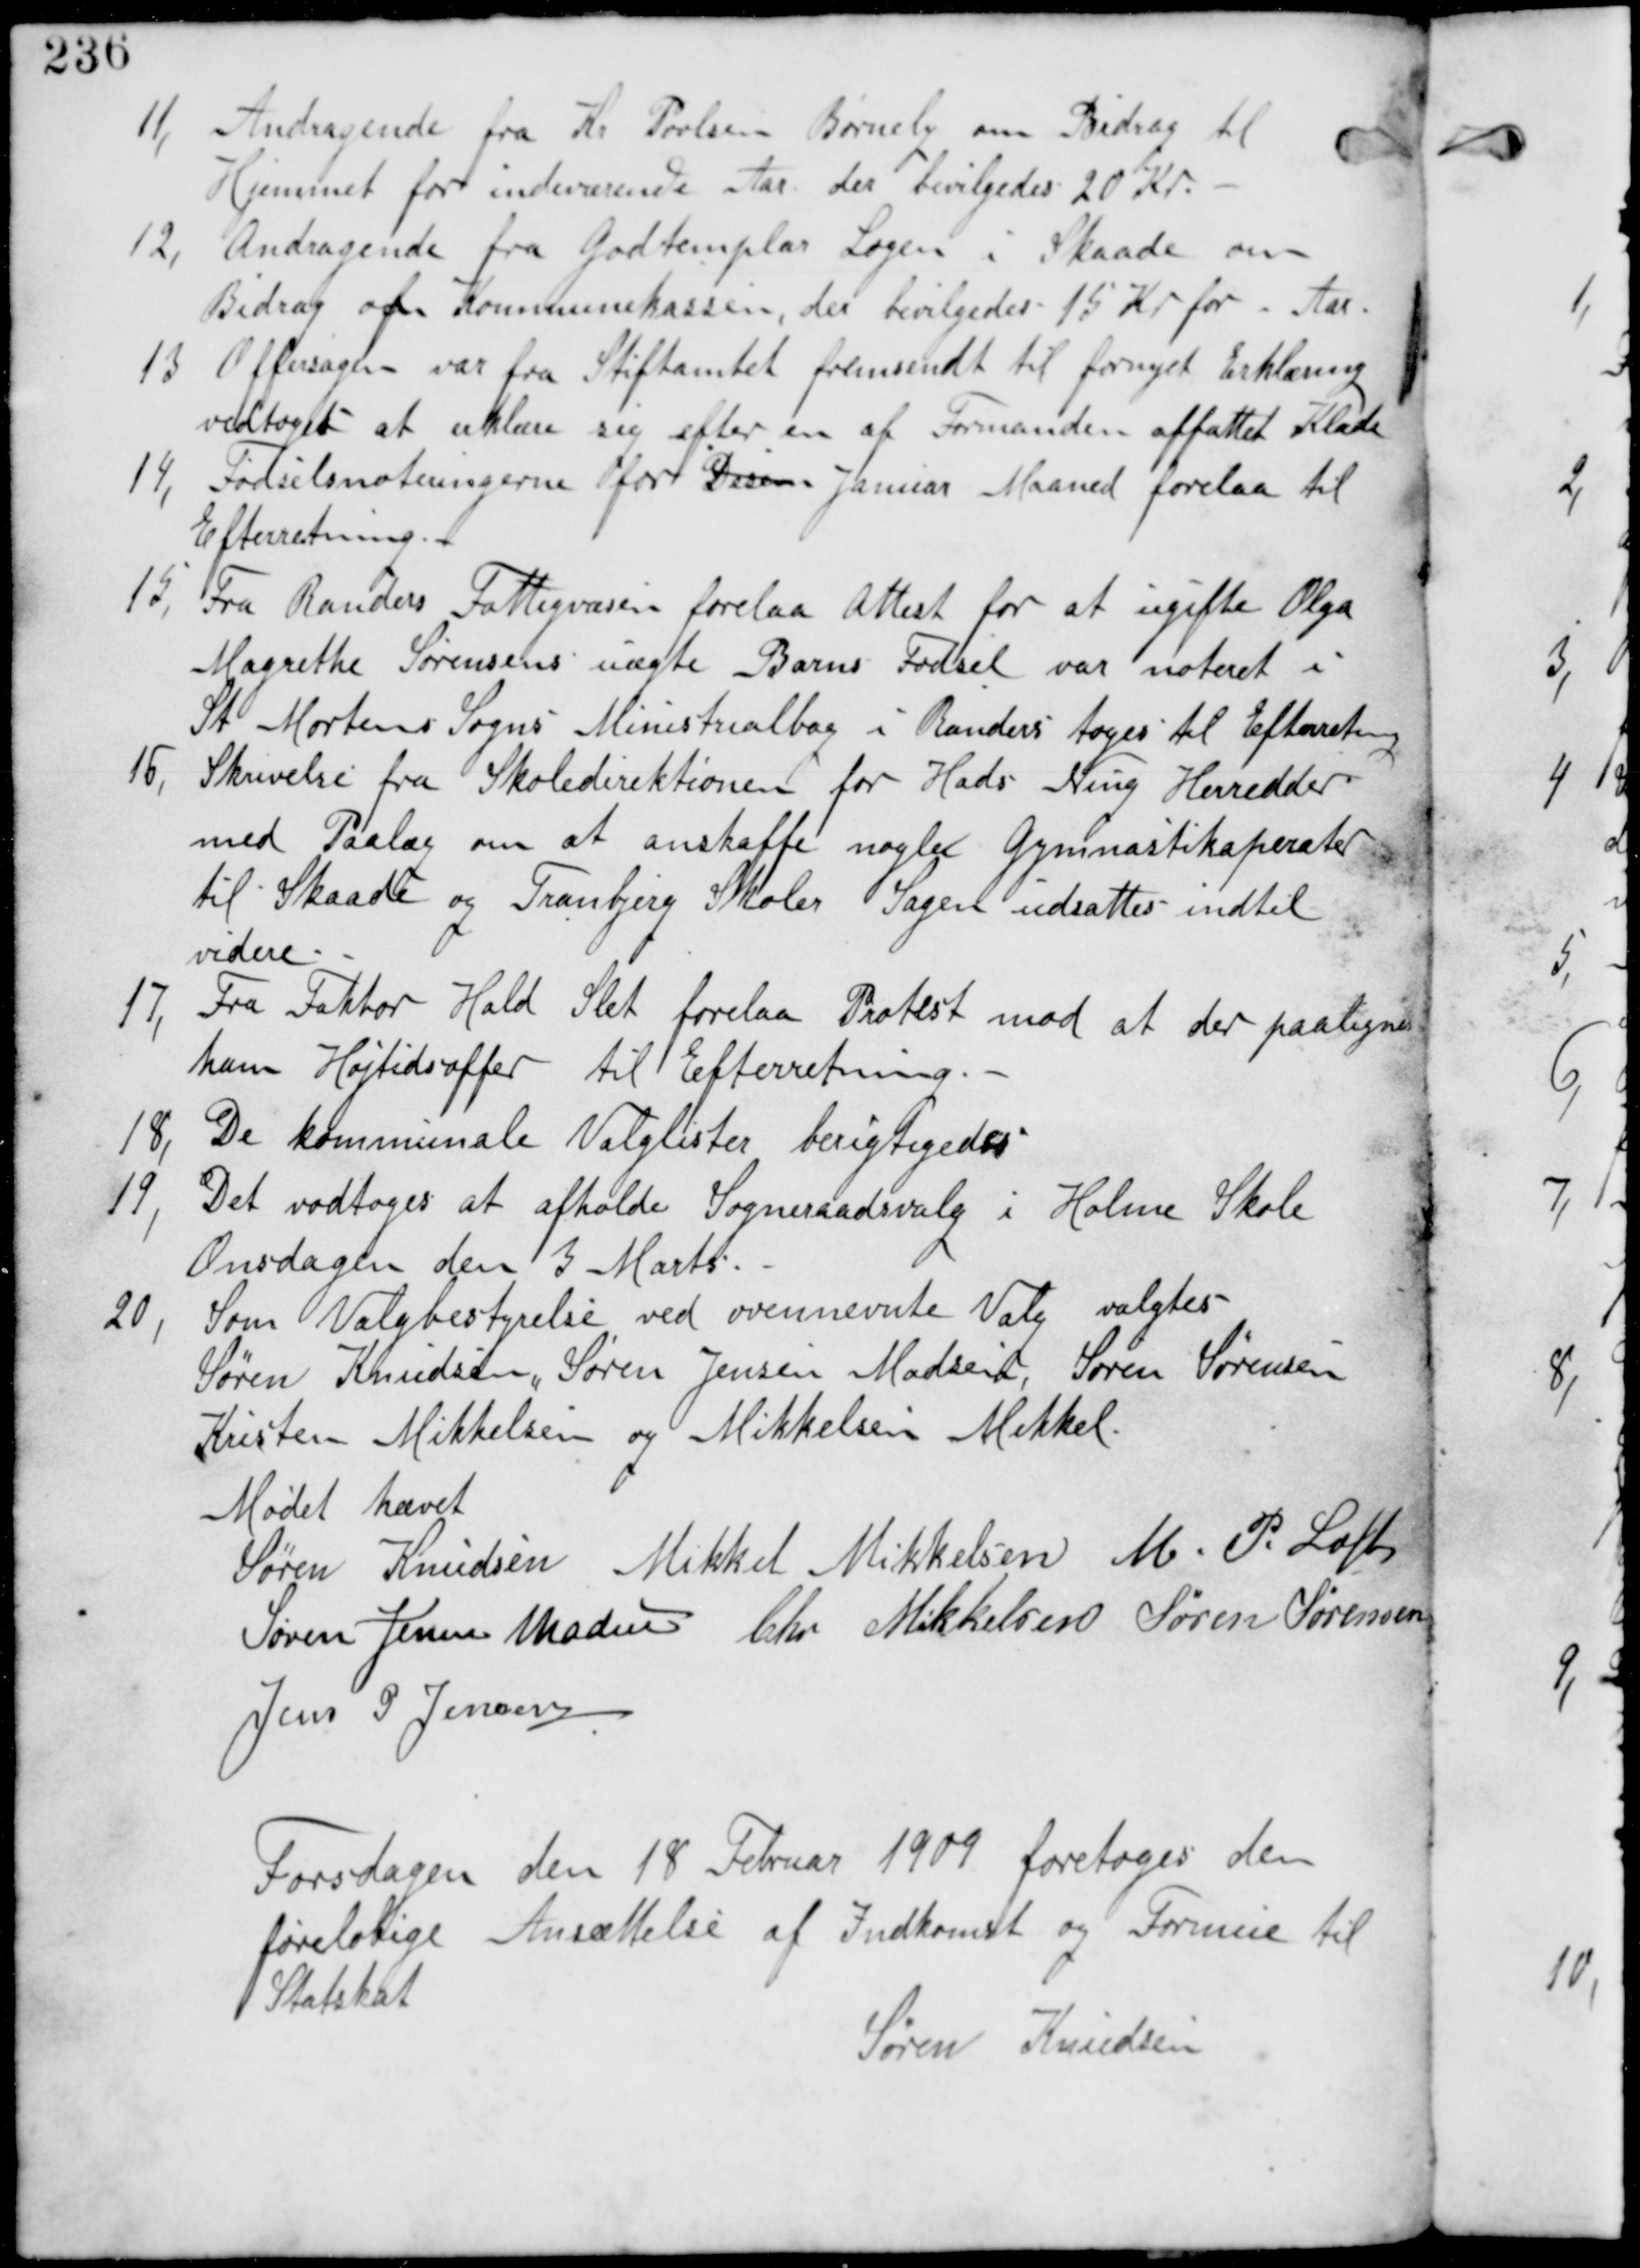
Transskription:
11,
Andragende fra Kr. Povlsen Børnely om Bidrag til
Hjemmet for indeværende Aar der bevilges 20 Kr.

12, Andragende fra Godtemplar Logen i Skaade om
Bidrag af Kommunekassen, der bevilgedes 15 Kr for i Aar.

13. Offersagen var fra Stiftamtet fremsendt til fornyet Erklæring
vedtaget at erklære sig efter en af Formanden affattet Kladde.

14, Fødselsnoteringerne for Decem Januar Maaned forelaa til
Efterretning.

15, Fra Randers Fattigvæsen forelaa Attest for at ugifte Olga
Magrethe Sørrensens uægte Barns Fødsel var noteret i
St Mortens Sogns Ministrialbog i Randers tages til Efterretning.

16, Skrivelse fra Skoledirektionen for Hads Ning Herredder
med Paalæg om at anskaffe nogle Gymnastikaparater
til Skaade og Tranbjerg Skoler Sagen udsattes indtil
videre.

17, Fra Faktor Hald Slet forelaa Protest mod at der paalignes
ham Højtidsoffer til Efterretning.

18, De kommunale Valglister berigtiges.

19, Det vedtages at afholde Sogneraadsvalg i Holme Skole
Onsdagen den 3 Marts.

20, Som Valgbestyrelse ved ovennævnte Valg valgtes
Søren Knudsen, Søren Jensen Madsen, Søren Sørensen
Kristen Mikkelsen og Mikkelsen Mikkel

Mødet hævet
Søren Knudsen Mikkel Mikkelsen M P Loft
Søren Jensen Madsen Chr Mikkelsen Søren Sørensen
Jens P Jensen

Torsdagen den 18 Februar 1909 foretages den
foreløbige Ansættelse af Indkomst og Formue til
Statskat.
Søren Knudsen